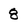
Character: 8